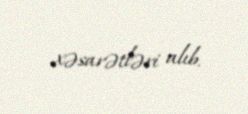
xəsarətləri alıb.